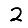
Digit: 2